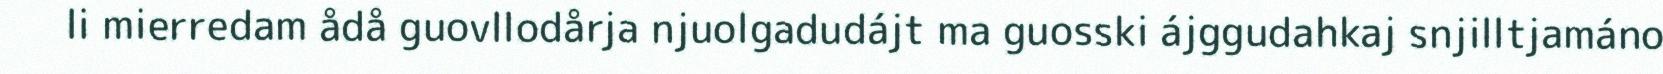
li mierredam ådå guovllodårja njuolgadudájt ma guosski ájggudahkaj snjilltjamáno